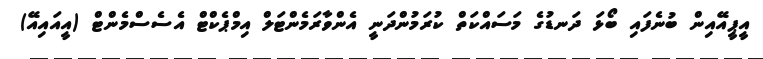
އީޕީއޭއިން ބުނެފައި ބޯޅަ ދަނޑުގެ މަސައްކަތް ކުރަމުންދަނީ އެންވާރަމެންޓަލް އިމްޕެކްޓް އެސެސްމެންޓް (އީއައިއޭ)